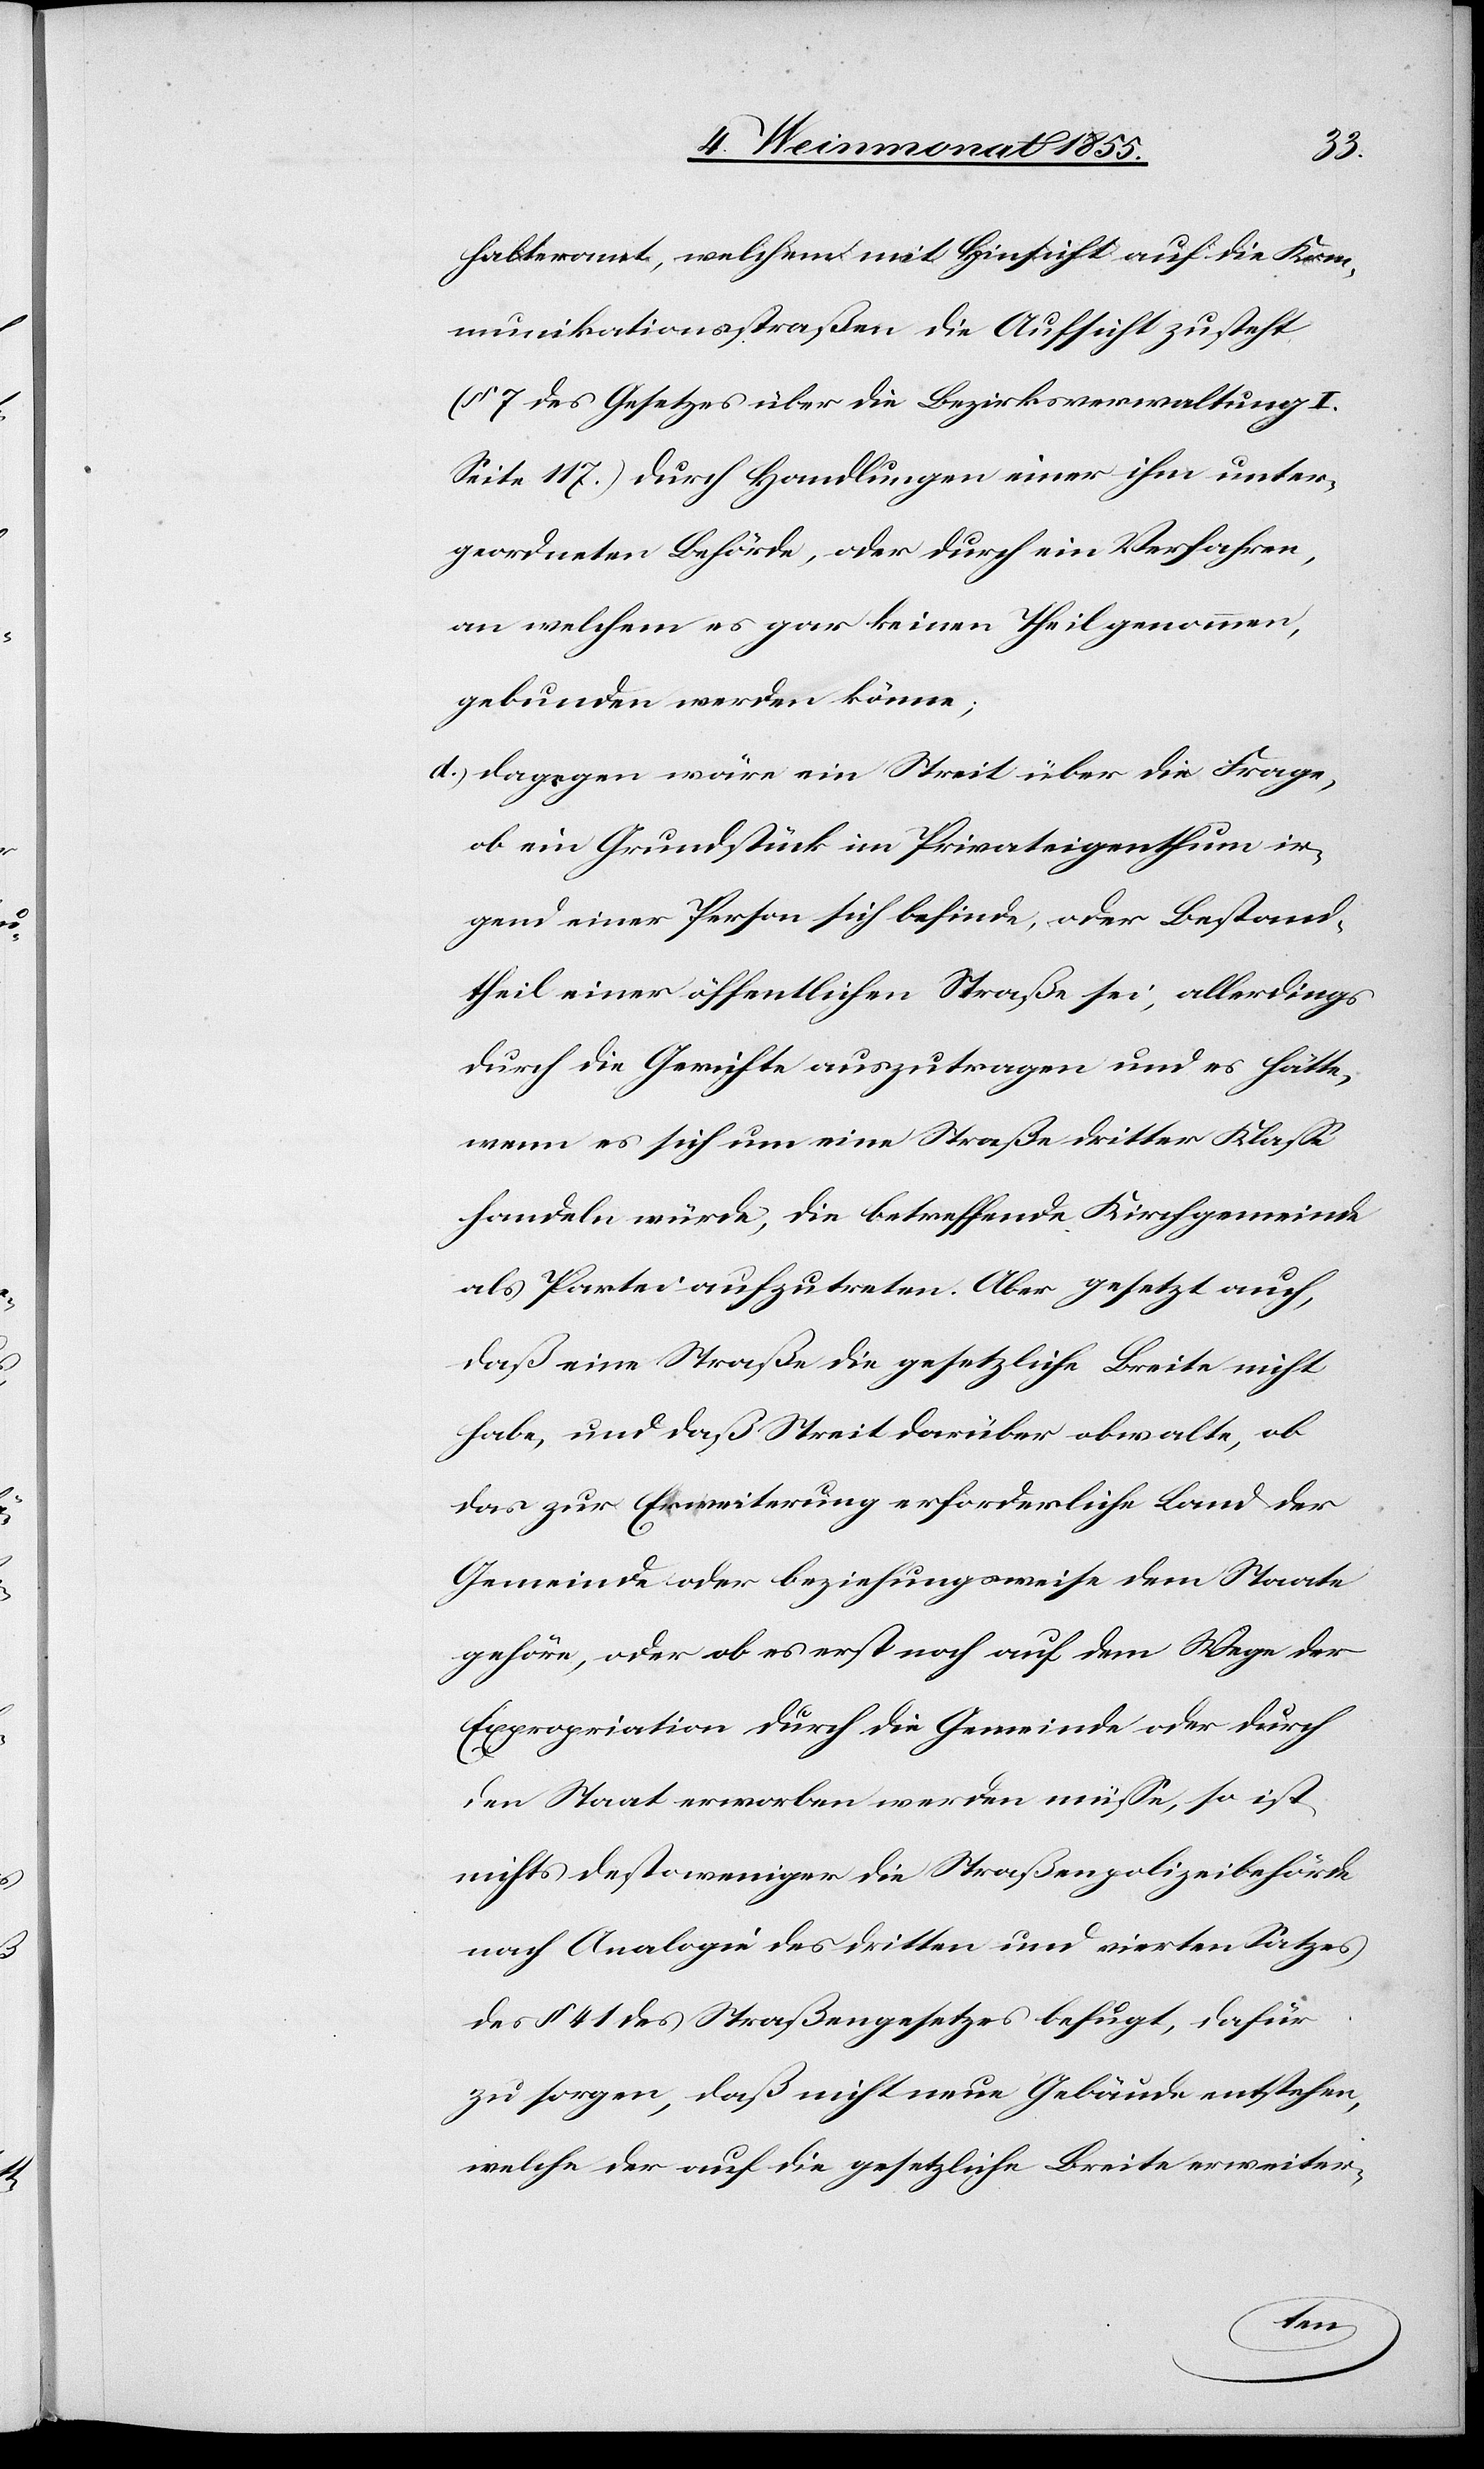
halteramt, welchem mit Hinsicht auf die Kom¬
munikationsstraßen die Aufsicht zusteht
7 des Gesetzes über die Bezirksverwaltung I.
Seite 117.) durch Handlungen einer ihm unter¬
geordneten Behörde, oder durch ein Verfahren,
an welchem es gar keinen Theil genommen,
gebunden werden könne;
dagegen wäre ein Streit über die Frage,
ob ein Grundstück im Privateigenthum ir¬
gend einer Person sich befinde, oder Bestand¬
theil einer öffentlichen Straße sei, allerdings
durch die Gerichte auszutragen und es hätte,
wenn es sich um eine Straße dritter Klasse
handeln würde, die betreffende Kirchgemeinde
als Partei aufzutreten. Aber gesetzt auch,
daß eine Straße die gesetzliche Breite nicht
habe, und daß Streit darüber obwalte, ob
das zur Erweiterung erforderliche Land der
Gemeinde oder beziehungsweise dem Staate
gehöre, oder ob es erst noch auf dem Wege der
Expropriation durch die Gemeinde oder durch
den Staat erworben werden müsse, so ist
nichts desto weniger die Straßenpolizeibehörde
nach Analogie des dritten und vierten Satzes
des § 41 des Straßengesetzes befugt, dafür
zu sorgen, daß nicht neue Gebäude entstehen,
welche der auf die gesetzliche Breite erweiter-